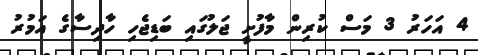
4 އަހަރު 3 މަސް ކުރިން މާފުށީ ޖަލުގައި ބަޑިޖެހި ހާދިސާގެ އަމުރު